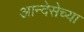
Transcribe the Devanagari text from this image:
आन्देसेच्या